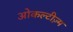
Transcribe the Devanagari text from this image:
ओकल्टीज़्म